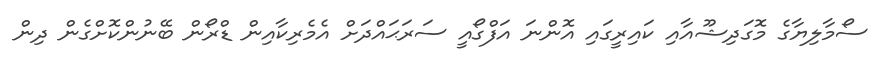
ސޯމާލިޔާގެ މޮގަދިޝޫއާއި ކައިރީގައި އޮންނަ އަފްގޯއީ ސަރަޙައްދަށް އެމެރިކާއިން ޑްރޯން ބޭނުންކޮށްގެން ދިން